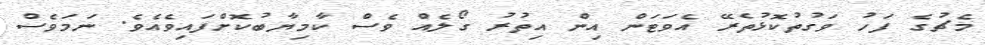
މެޗުގެ ފަހު ވަގުތުކޮޅުތެރޭ އެވަޓަން އިން އިތުރު ގޯލެއް ވެސް ކާމިޔާބުކޮށްފައިވެއެވެ. ނަމަވެސް